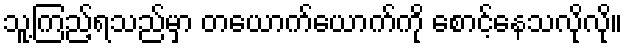
သူ့ကြည့်ရသည်မှာ တယောက်ယောက်ကို စောင့်နေသလိုလို။